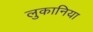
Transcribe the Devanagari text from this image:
लुकानिया